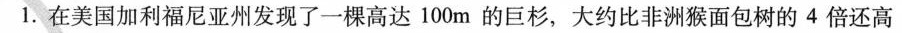
1.在美国加利福尼亚州发现了一棵高达100m的巨杉，大约比非洲猴面包树的4倍还高